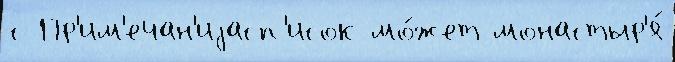
с Пр'им'ечан'иjасп'исок мо́жет монастыр'я́